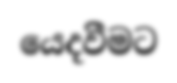
යෙදවීමට